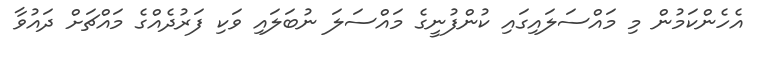
އެހެންކަމުން މި މައްސަލައިގައި ކުންފުނީގެ މައްސަލަ ނުބަލައި ވަކި ފަރުދެއްގެ މައްޗަށް ދައުވާ